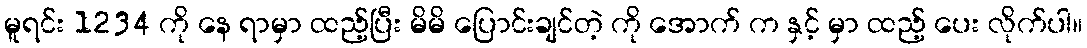
မူရင်း 1234 ကို နေ ရာမှာ ထည့်ပြီး မိမိ ပြောင်းချင်တဲ့ ကို အောက် က နှင့် မှာ ထည့် ပေး လိုက်ပါ။